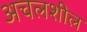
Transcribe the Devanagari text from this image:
अचलशील